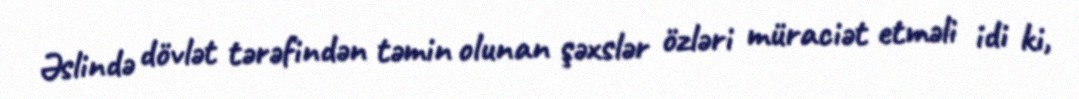
Əslində dövlət tərəfindən təmin olunan şəxslər özləri müraciət etməli idi ki,